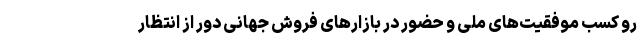
رو کسب موفقیت‌های ملی و حضور در بازار‌های فروش جهانی دور از انتظار